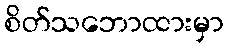
စိတ်သဘောထားမှာ